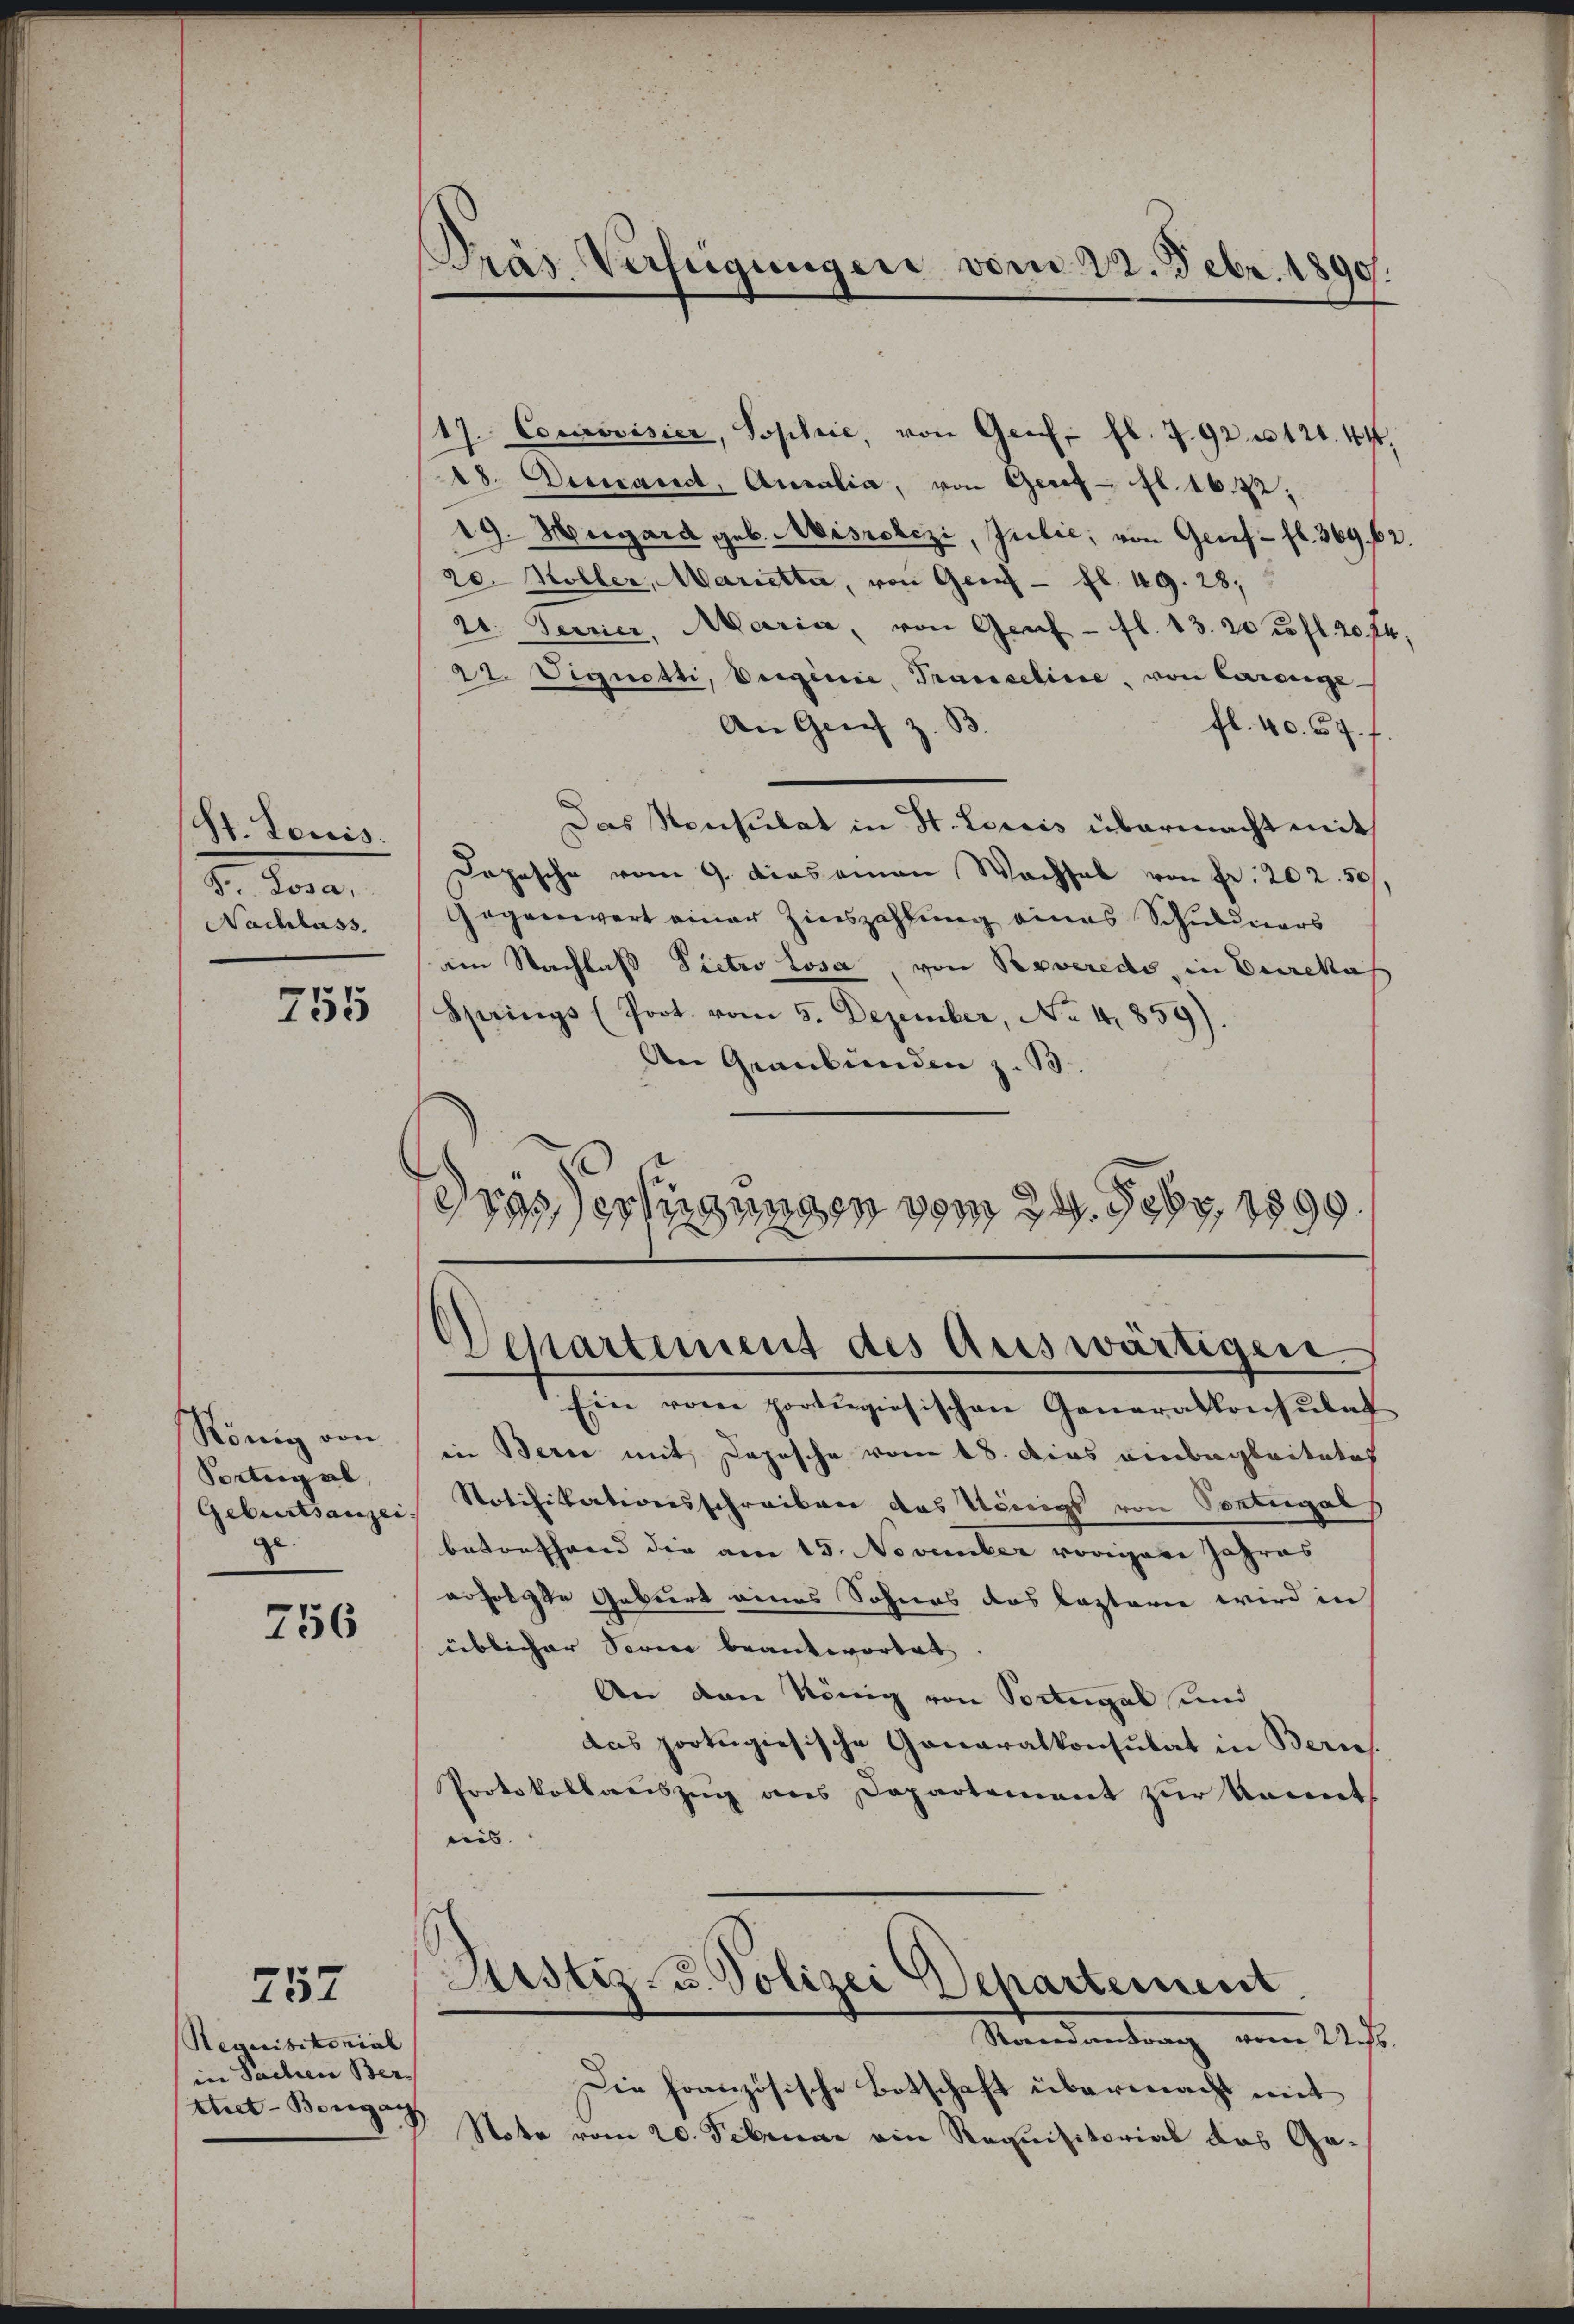
St. Louis.
b. daran
Nachlass.

755

König von
Portugal,
Geburtsanzei
ge.

756

257

17. Courovisier, Sophie, von Genf fl. 7. 92 n 120. 44.
28. Decand, Ausalia, von Geret - fl. 16. 22;
19. Hegard geb. Misrolczi, Julić, von Genf fl. 369. 62.
20. Möller, Marietta, von Genf — fl. 49. 28,
dt. Terrier, Maria, von Graf - fl. 13. 20 u. fl. 204,
22. Vignetti, Verginie, Tranceline, von Carange-
An Gries z. B.
fl. 40. 57. f
Das Konsulat in St. Loris übermacht mit
Depesche vom 9. dieseman Wachsel von Fr. 202. 50
Gegenwert einer Zinszahlung eines Schuldners
am Nachlaß Dictro losa, von Reveredo in Eurekas
Springs (Prot. vom 5. Dezember, No. 41859).
An Graubünden z. B.
diis erfügungen vom 24. Febr. 1890

Requisitonial
in Sachen Ber
tet-Borgan

PPras Verfügungen vom 22. Febr. 1890.

Departement des Auswärtigen.

Ein vom portugisischen Generalkonsulat
in Berne mit Depesche vom 18. dies einbegleitetes
Notifikationsschreiben das Königs von Pontegals
betonfhand die am 15. November vorigere Jahres
erfolgte Geburt eines Sohnes das leztern wird in
üblicher Serie beantwortet |
An den König von Portugal und
das portugiesische Generalkonsulat in Bern.
Protokollauszug aus Departement zur konnt
ais. |
Justiz- u. Polizei Departement
Randantrag vom 22.6
Die französische Botschaft übermacht mit
Note vom 20. Februar ein Requisitorial das Ge-